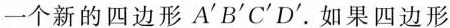
一个新的四边形A^{\prime}B^{\prime}C^{\prime}D^{\prime}。如果四边形